Indian journal of veterinary science and animal husbandry - Volumes 24-25, 1954-1955
Year: 1954
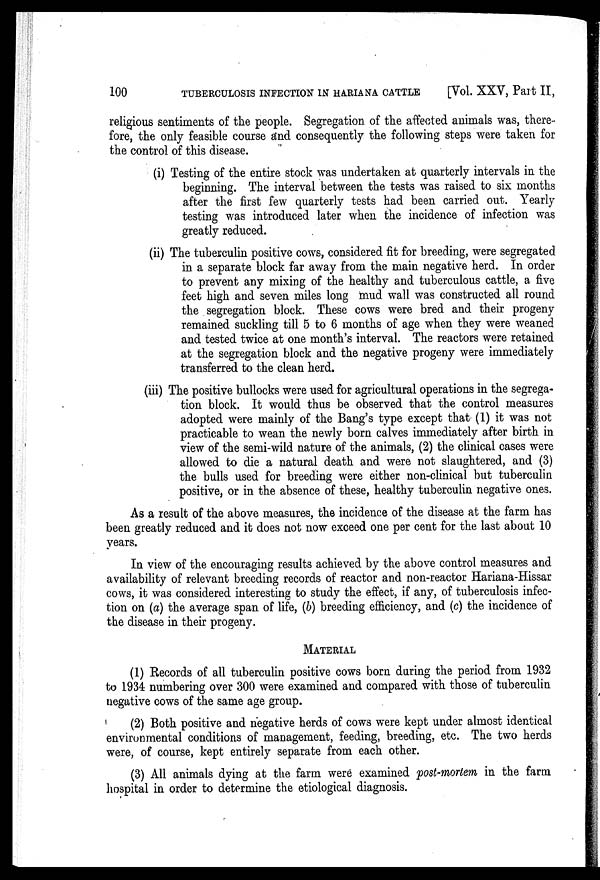
100
TUBERCULOSIS INFECTION IN HARIANA CATTLE
[Vol. XXV, Part II,
religious sentiments of the people. Segregation of the affected animals was, there
fore, the only feasible course and consequently the following steps were taken for
the control of this disease.
(i) Testing of the entire stock was undertaken at quarterly intervals in the
beginning. The interval between the tests was raised to six months
after the first few quarterly tests had been carried out. Yearly
testing was introduced later when the incidence of infection was
greatly reduced.
(ii) The tuberculin positive cows, considered fit for breeding, were segregated
in a separate block far away from the main negative herd. In order
to prevent any mixing of the healthy and tuberculous cattle, a five
feet high and seven miles long mud wall was constructed all round
the segregation block. These cows were bred and their progeny
remained suckling till 5 to 6 months of age when they were weaned
and tested twice at one month's interval. The reactors were retained
at the segregation block and the negative progeny were immediately
transferred to the clean herd.
(iii) The positive bullocks were used for agricultural operations in the segrega-
tion block. It would thus be observed that the control measures
adopted were mainly of the Bang's type except that (1) it was not
practicable to wean the newly born calves immediately after birth in
view of the semi-wild nature of the animals, (2) the clinical cases were
allowed to die a natural death and were not slaughtered, and (3)
the bulls used for breeding were either non-clinical but tuberculin
positive, or in the absence of these, healthy tuberculin negative ones.
As a result of the above measures, the incidence of the disease at the farm has
been greatly reduced and it does not now exceed one per cent for the last about 10
years.
In view of the encouraging results achieved by the above control measures and
availability of relevant breeding records of reactor and non-reactor Hariana-Hissar
cows, it was considered interesting to study the effect, if any, of tuberculosis infec-
tion on (a) the average span of life, (b) breeding efficiency, and (c) the incidence of
the disease in their progeny.
MATERIAL
(1) Records of all tuberculin positive cows born during the period from 1932
to 1934 numbering over 300 were examined and compared with those of tuberculin
negative cows of the same age group.
(2) Both positive and negative herds of cows were kept under almost identical
environmental conditions of management, feeding, breeding, etc. The two herds
were, of course, kept entirely separate from each other.
(3) All animals dying at the farm were examined post-mortem in the farm
hospital in order to determine the etiological diagnosis.